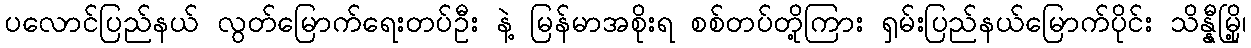
ပလောင်ပြည်နယ် လွတ်မြောက်ရေးတပ်ဦး နဲ့ မြန်မာအစိုးရ စစ်တပ်တို့ကြား ရှမ်းပြည်နယ်မြောက်ပိုင်း သိန္နီမြို့၊